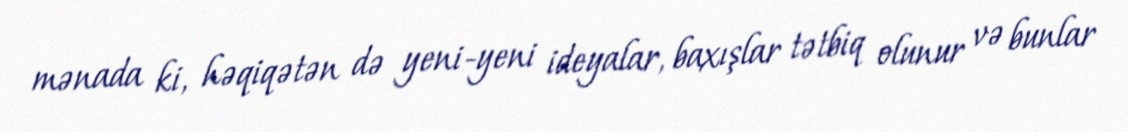
mənada ki, həqiqətən də yeni-yeni ideyalar, baxışlar tətbiq olunur və bunlar